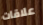
علاقات